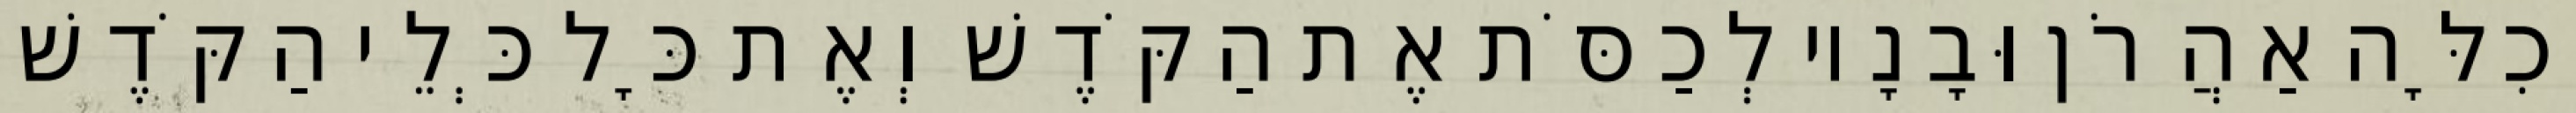
וְכִלָּה אַהֲרֹן וּבָנָיו לְכַסֹּת אֶת הַקֹּדֶשׁ וְאֶת כָּל כְּלֵי הַקֹּדֶשׁ